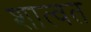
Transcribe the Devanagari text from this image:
शात्वत